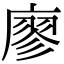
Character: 廖